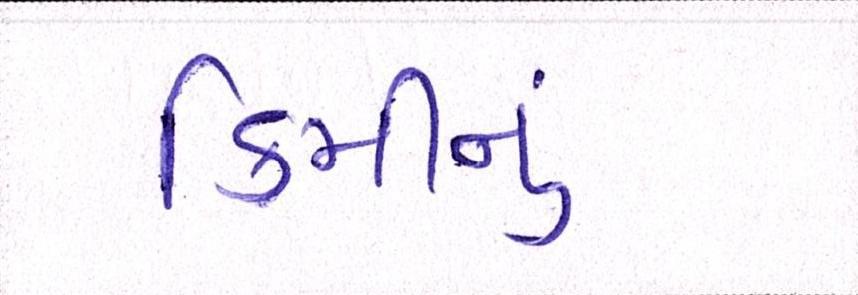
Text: કિમીનું